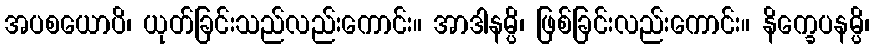
အပစယောပိ၊ ယုတ်ခြင်းသည်လည်းကောင်း။ အာဒါနမ္ပိ၊ ဖြစ်ခြင်းလည်းကောင်း။ နိက္ခေပနမ္ပိ၊